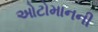
ઓટોમાનની